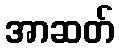
အာဆတ်